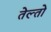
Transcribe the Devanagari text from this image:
तेल्तो